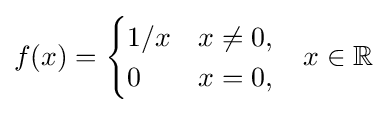
f(x)={\begin{cases}1/x&x\neq 0,\\0&x=0,\end{cases}}\quad x\in \mathbb {R}